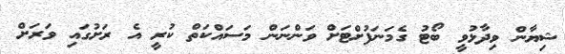
ޝިޔާން ވިދާޅުވީ ބޯޓު ގެމަނަފުށްޓަށް ވަންނަން މަސައްކަތް ކުރީ އެ ރަށުގައި ވަރަށް